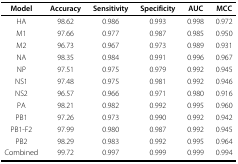
<table><thead><tr><td><b>Model</b></td><td><b>Accuracy</b></td><td><b>Sensitivity</b></td><td><b>Specificity</b></td><td><b>AUC</b></td><td><b>MCC</b></td></tr></thead><tbody><tr><td>HA</td><td>98.62</td><td>0.986</td><td>0.993</td><td>0.998</td><td>0.972</td></tr><tr><td>M1</td><td>97.66</td><td>0.977</td><td>0.987</td><td>0.985</td><td>0.950</td></tr><tr><td>M2</td><td>96.73</td><td>0.967</td><td>0.973</td><td>0.989</td><td>0.931</td></tr><tr><td>NA</td><td>98.35</td><td>0.984</td><td>0.991</td><td>0.996</td><td>0.967</td></tr><tr><td>NP</td><td>97.51</td><td>0.975</td><td>0.979</td><td>0.992</td><td>0.945</td></tr><tr><td>NS1</td><td>97.48</td><td>0.975</td><td>0.981</td><td>0.992</td><td>0.946</td></tr><tr><td>NS2</td><td>96.57</td><td>0.966</td><td>0.971</td><td>0.980</td><td>0.916</td></tr><tr><td>PA</td><td>98.21</td><td>0.982</td><td>0.992</td><td>0.995</td><td>0.960</td></tr><tr><td>PB1</td><td>97.26</td><td>0.973</td><td>0.990</td><td>0.992</td><td>0.942</td></tr><tr><td>PB1-F2</td><td>97.99</td><td>0.980</td><td>0.987</td><td>0.992</td><td>0.945</td></tr><tr><td>PB2</td><td>98.29</td><td>0.983</td><td>0.992</td><td>0.995</td><td>0.964</td></tr><tr><td>Combined</td><td>99.72</td><td>0.997</td><td>0.999</td><td>0.999</td><td>0.994</td></tr></tbody></table>